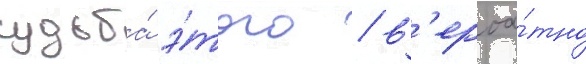
судьба́ э́того / в'ероа́тно